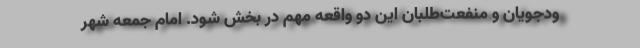
ودجویان و منفعت‌طلبان این دو واقعه مهم در بخش شود. امام جمعه شهر